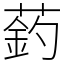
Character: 䔙